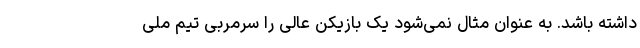
داشته باشد. به عنوان مثال نمی‌شود یک بازیکن عالی را سرمربی تیم ملی